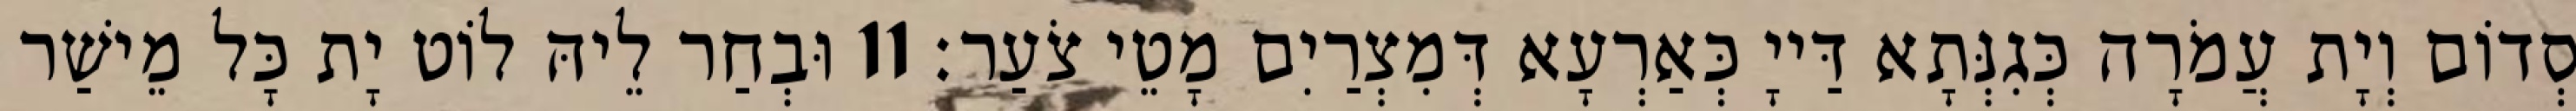
סְדוֹם וְיָת עֲמֹרָה כְּגִנְּתָא דַּייָ כְּאַרְעָא דְּמִצְרַיִם מָטֵי צֹעַר׃ 11 וּבְחַר לֵיהּ לוֹט יָת כָּל מֵישַׁר